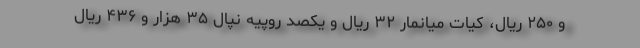
و ۲۵۰ ریال، کیات میانمار ۳۲ ریال و یکصد روپیه نپال ۳۵ هزار و ۴۳۶ ریال